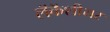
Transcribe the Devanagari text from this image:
लॅकॅशीयर